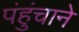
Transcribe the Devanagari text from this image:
पंहुंचाने